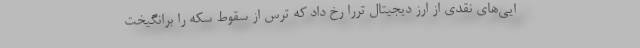
ایی‌های نقدی از ارز دیجیتال تررا رخ داد که ترس از سقوط سکه را برانگیخت